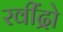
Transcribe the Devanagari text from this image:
रवींद्रो